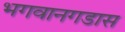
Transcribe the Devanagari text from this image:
भगवानगडास